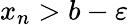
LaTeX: x_{n}>b-\varepsilon